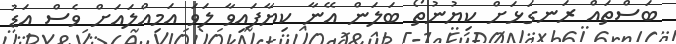
ބަސްތައް ރަނގަޅަށް ކިޔުނުތޯ ބަލަން އޭނާ ކިޔާފައިވާ ލަވަ އަމިއްލައަށް ވެސް އަޑު